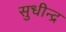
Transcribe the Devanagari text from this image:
सुधीन्द्र